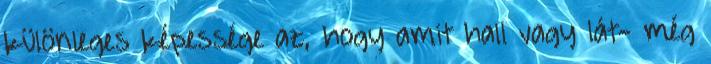
különleges képessége az, hogy amit hall vagy lát- még